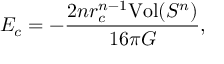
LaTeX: E _ { c } = - \frac { 2 n r _ { c } ^ { n - 1 } \mathrm { V o l } ( S ^ { n } ) } { 1 6 \pi G } ,